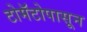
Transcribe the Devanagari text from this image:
टोमॅटोपासून